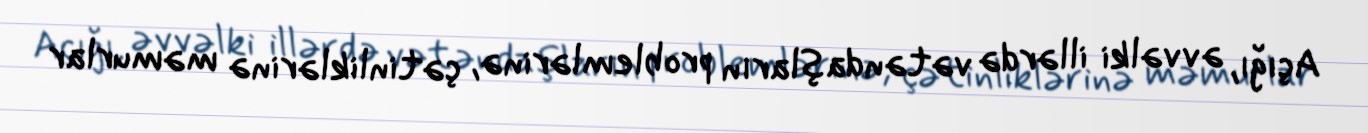
Açığı, əvvəlki illərdə vətəndaşların problemlərinə, çətinliklərinə məmurlar